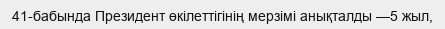
41-бабында Президент өкілеттігінің мерзімі анықталды —5 жыл,